Problem: 3 × 8 = ?
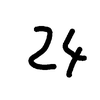
Handwritten answer: 24